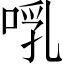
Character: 啂